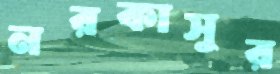
নরকাসুর